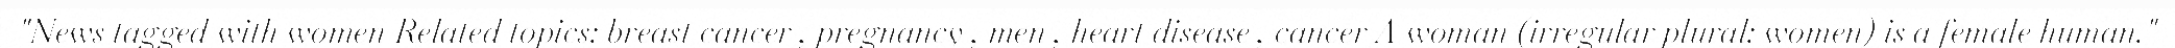
"News tagged with women Related topics: breast cancer , pregnancy , men , heart disease , cancer A woman (irregular plural: women) is a female human."